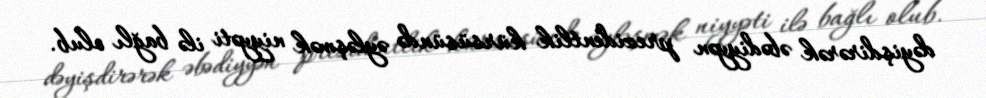
dəyişdirərək əbədiyyən prezidentlik kürsüsündə əyləşmək niyyəti ilə bağlı olub.